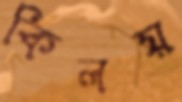
কিলয়